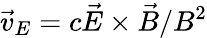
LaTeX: \vec{v}_{E}=c\vec{E}\times\vec{B}/B^{2}